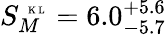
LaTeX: S_{M}^{\mathrm{~\tiny~K~L~}}=6.0_{-5.7}^{+5.6}